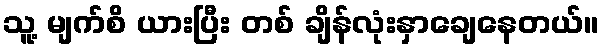
သူ့ မျက်စိ ယားပြီး တစ် ချိန်လုံးနှာချေနေတယ်။